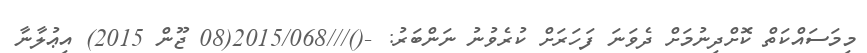
މިމަސައްކަތް ކޮށްދިނުމަށް ދެވަނަ ފަހަރަށް ކުރެވުނު ނަންބަރު: -()///2015/068(08 ޖޫން 2015) އިޢުލާނާ